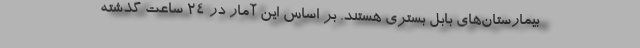
بیمارستان‌های بابل بستری هستند. بر اساس این آمار در ۲۴ ساعت گذشته